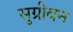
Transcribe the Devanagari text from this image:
सुग्रीवन